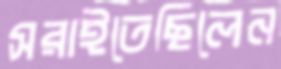
সরাইতেছিলেন